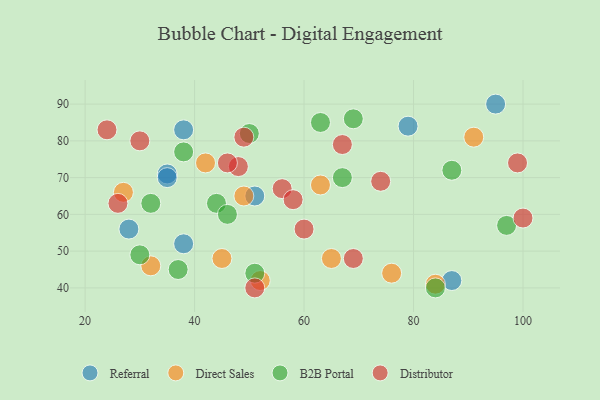
{"axis": {"x": "GDP", "y": "Life Expectancy"}, "legend": ["B2B Portal", "Direct Sales", "Distributor", "Referral"], "data": [{"x": "28", "y": 56, "type": "Referral"}, {"x": "35", "y": 71, "type": "Referral"}, {"x": "35", "y": 70, "type": "Referral"}, {"x": "38", "y": 83, "type": "Referral"}, {"x": "79", "y": 84, "type": "Referral"}, {"x": "87", "y": 42, "type": "Referral"}, {"x": "51", "y": 65, "type": "Referral"}, {"x": "38", "y": 52, "type": "Referral"}, {"x": "95", "y": 90, "type": "Referral"}, {"x": "76", "y": 44, "type": "Direct Sales"}, {"x": "91", "y": 81, "type": "Direct Sales"}, {"x": "65", "y": 48, "type": "Direct Sales"}, {"x": "32", "y": 46, "type": "Direct Sales"}, {"x": "63", "y": 68, "type": "Direct Sales"}, {"x": "27", "y": 66, "type": "Direct Sales"}, {"x": "52", "y": 42, "type": "Direct Sales"}, {"x": "49", "y": 65, "type": "Direct Sales"}, {"x": "84", "y": 41, "type": "Direct Sales"}, {"x": "42", "y": 74, "type": "Direct Sales"}, {"x": "45", "y": 48, "type": "Direct Sales"}, {"x": "50", "y": 82, "type": "B2B Portal"}, {"x": "51", "y": 44, "type": "B2B Portal"}, {"x": "38", "y": 77, "type": "B2B Portal"}, {"x": "63", "y": 85, "type": "B2B Portal"}, {"x": "97", "y": 57, "type": "B2B Portal"}, {"x": "30", "y": 49, "type": "B2B Portal"}, {"x": "67", "y": 70, "type": "B2B Portal"}, {"x": "37", "y": 45, "type": "B2B Portal"}, {"x": "84", "y": 40, "type": "B2B Portal"}, {"x": "32", "y": 63, "type": "B2B Portal"}, {"x": "87", "y": 72, "type": "B2B Portal"}, {"x": "44", "y": 63, "type": "B2B Portal"}, {"x": "46", "y": 60, "type": "B2B Portal"}, {"x": "69", "y": 86, "type": "B2B Portal"}, {"x": "48", "y": 73, "type": "Distributor"}, {"x": "99", "y": 74, "type": "Distributor"}, {"x": "60", "y": 56, "type": "Distributor"}, {"x": "24", "y": 83, "type": "Distributor"}, {"x": "74", "y": 69, "type": "Distributor"}, {"x": "69", "y": 48, "type": "Distributor"}, {"x": "56", "y": 67, "type": "Distributor"}, {"x": "46", "y": 74, "type": "Distributor"}, {"x": "51", "y": 40, "type": "Distributor"}, {"x": "67", "y": 79, "type": "Distributor"}, {"x": "30", "y": 80, "type": "Distributor"}, {"x": "49", "y": 81, "type": "Distributor"}, {"x": "58", "y": 64, "type": "Distributor"}, {"x": "26", "y": 63, "type": "Distributor"}, {"x": "100", "y": 59, "type": "Distributor"}]}